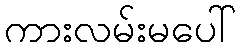
ကားလမ်းမပေါ်